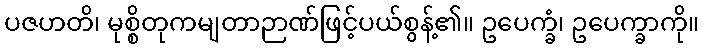
ပဇဟတိ၊ မုစ္စိတုကမျတာဉာဏ်ဖြင့်ပယ်စွန့်၏။ ဥပေက္ခံ၊ ဥပေက္ခာကို။